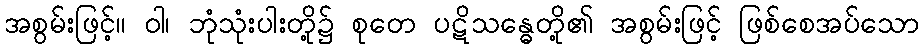
အစွမ်းဖြင့်။ ဝါ၊ ဘုံသုံးပါးတို့၌ စုတေ ပဋိသန္ဓေတို့၏ အစွမ်းဖြင့် ဖြစ်စေအပ်သော